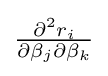
{\textstyle {\frac {\partial ^{2}r_{i}}{\partial \beta _{j}\partial \beta _{k}}}}